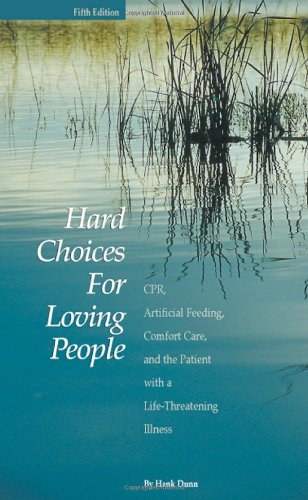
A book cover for Hard Choices for Loving People: CPR, Artificial Feeding, Comfort Care, and the Patient with a Life-Threatening Illness, 5th Ed.; Hank Dunn; Self-Help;